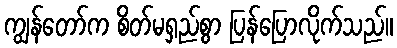
ကျွန်တော်က စိတ်မရှည်စွာ ပြန်ပြောလိုက်သည်။